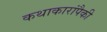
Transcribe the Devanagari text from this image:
कथाकारांपैकी